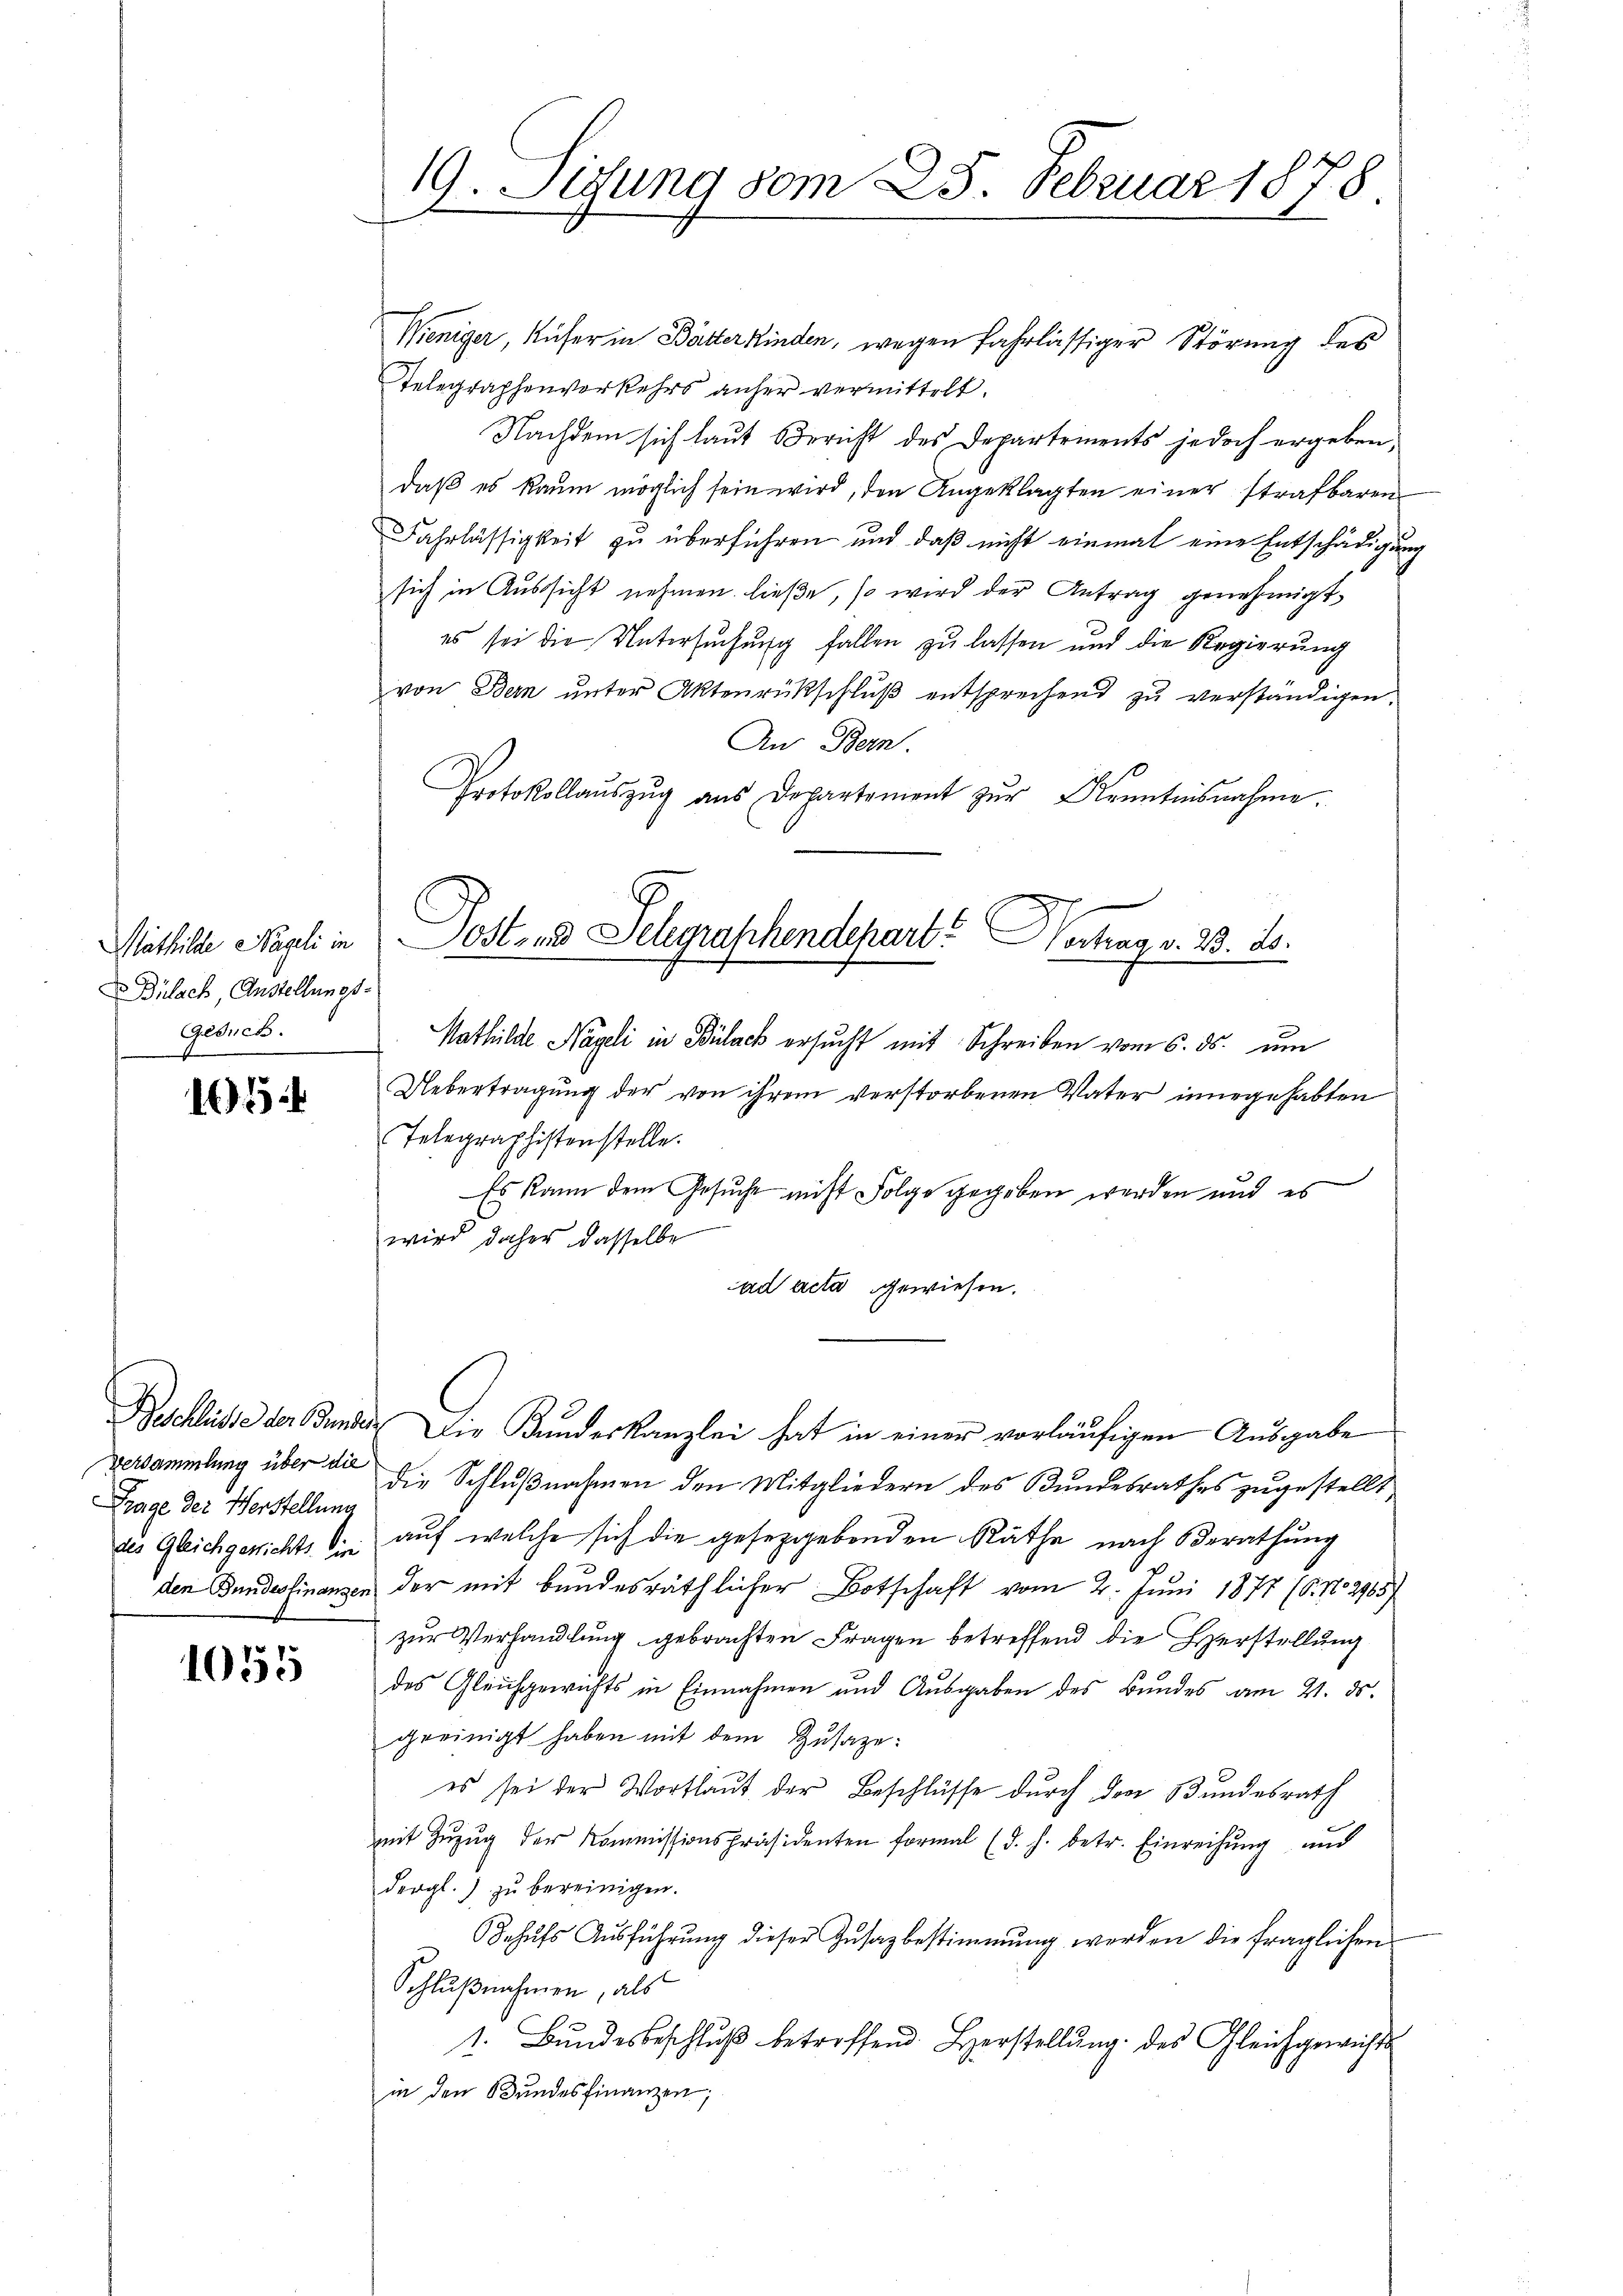
Mastiche Nageli in
Bülach, Anstellungs-
Gesuch.

10

Versammlung über die
Frage der Herstellung

1055

19. Situng vom 25. Februar 1878

Weniger, Küfer in Bätterkinden, wegen fahrlässiger Störung des
Telegraphenvorkehrs anher vermittelt.
Nachdem sich laut Bericht des Departements jedoch ergeben,
daβ es kaum möglich sein wird, den Angeklagten einer strafbaren
Fahrlässigkeit zu überführen und daß nicht einmal eine Entschädigung
sich in Aussicht nehmen ließe, so wird der Antrag genehmigt
es sei die Untersuchung fallen zu lassen und die Regierung
von Bern unter Aktenrückschluß entsprechend zu verständigen.
An Bern.
Protokollaŭszŭg aŭs Departement zŭr Kenntnisnahme
Nathilde Nägeli in Bülach ersucht mit Schreiben vom 6. ds. um
Uebertragung der von ihrem verstorbenen Vater innegehabten
Telegraphistenstelle.
Es kann dem Gesuche nicht Folge gegeben werden und es
wird daher dasselbe
ad acta gewiesen.
Beschlüsse der Bunden Die Kundeskanzlei hat in einer vorläufigen Ausgabe
die Schlußnahmen den Mitgliedern des Bundesrathes zugestellt,
des Gleichgerichts die auf welche sich die gesetzgebenden Räthe nach Berathung
den Bundesfinanzen der mit bundesräthlicher Botschaft vom 2. Juni 1877 (6. No 2965)
zur Verhandlung gebrachten Fragen betreffend die Herstellung
des Gleichgewichts in Einnahmen und Ausgaben des Bundes am 21. ds.
geeinigt haben mit dem Zusage:
es sei der Wortlaut der Beschlüsse durch den Bundesrath
mit Zŭzŭg der Kommissionspräsidenten formal (d. h. betr. Einreichŭng ŭnd
dergl.) zu bereinigen.
Jehŭfs Ausführung dieser Zusagbestimmung werden die fraglichen
Schlußnahmen, als
1. Bŭndesbeschlŭβ betreffend Herstellŭng des Gleichgewichts
in den Bundesfinanzen;

Post- und Selegraphendepart. Vertrag v. 23. ds.